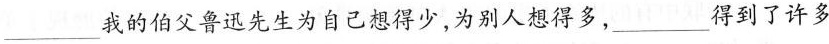
___我的伯父鲁迅先生为自己想得少，为别人想得多，___得到了许多